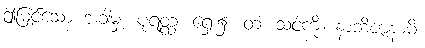
ဤမြင်သော အခါမှ။ ပုရတ္ထ၊ ရှေး၌။ တံ၊ သင့်ကို။ နာဘိဇာနာမိ၊